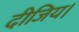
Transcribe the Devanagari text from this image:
दीजिय।